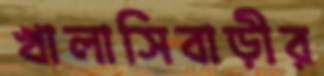
খালাসিবাড়ীর